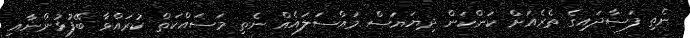
ނެތި ފަސާދައިގެ ތެރެއަށް ކަންކަން ދިޔަޔަސް މައްސަލައެއް ނެތި މަސައްކަތް ކުރައްވާ ބޭފުޅުންނާއި